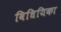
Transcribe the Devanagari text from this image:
विधियिका